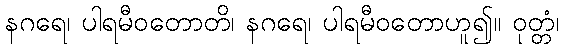
နဂရေ၊ ပါရမီဝတောတိ၊ နဂရေ၊ ပါရမီဝတောဟူ၍။ ဝုတ္တံ၊